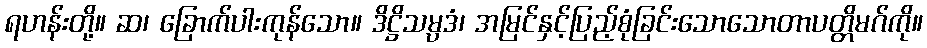
ရဟန်းတို့။ ဆ၊ ခြောက်ပါးကုန်သော။ ဒိဋ္ဌိသမ္ပဒံ၊ အမြင်နှင့်ပြည့်စုံခြင်းသောသောတာပတ္တိမဂ်ကို။